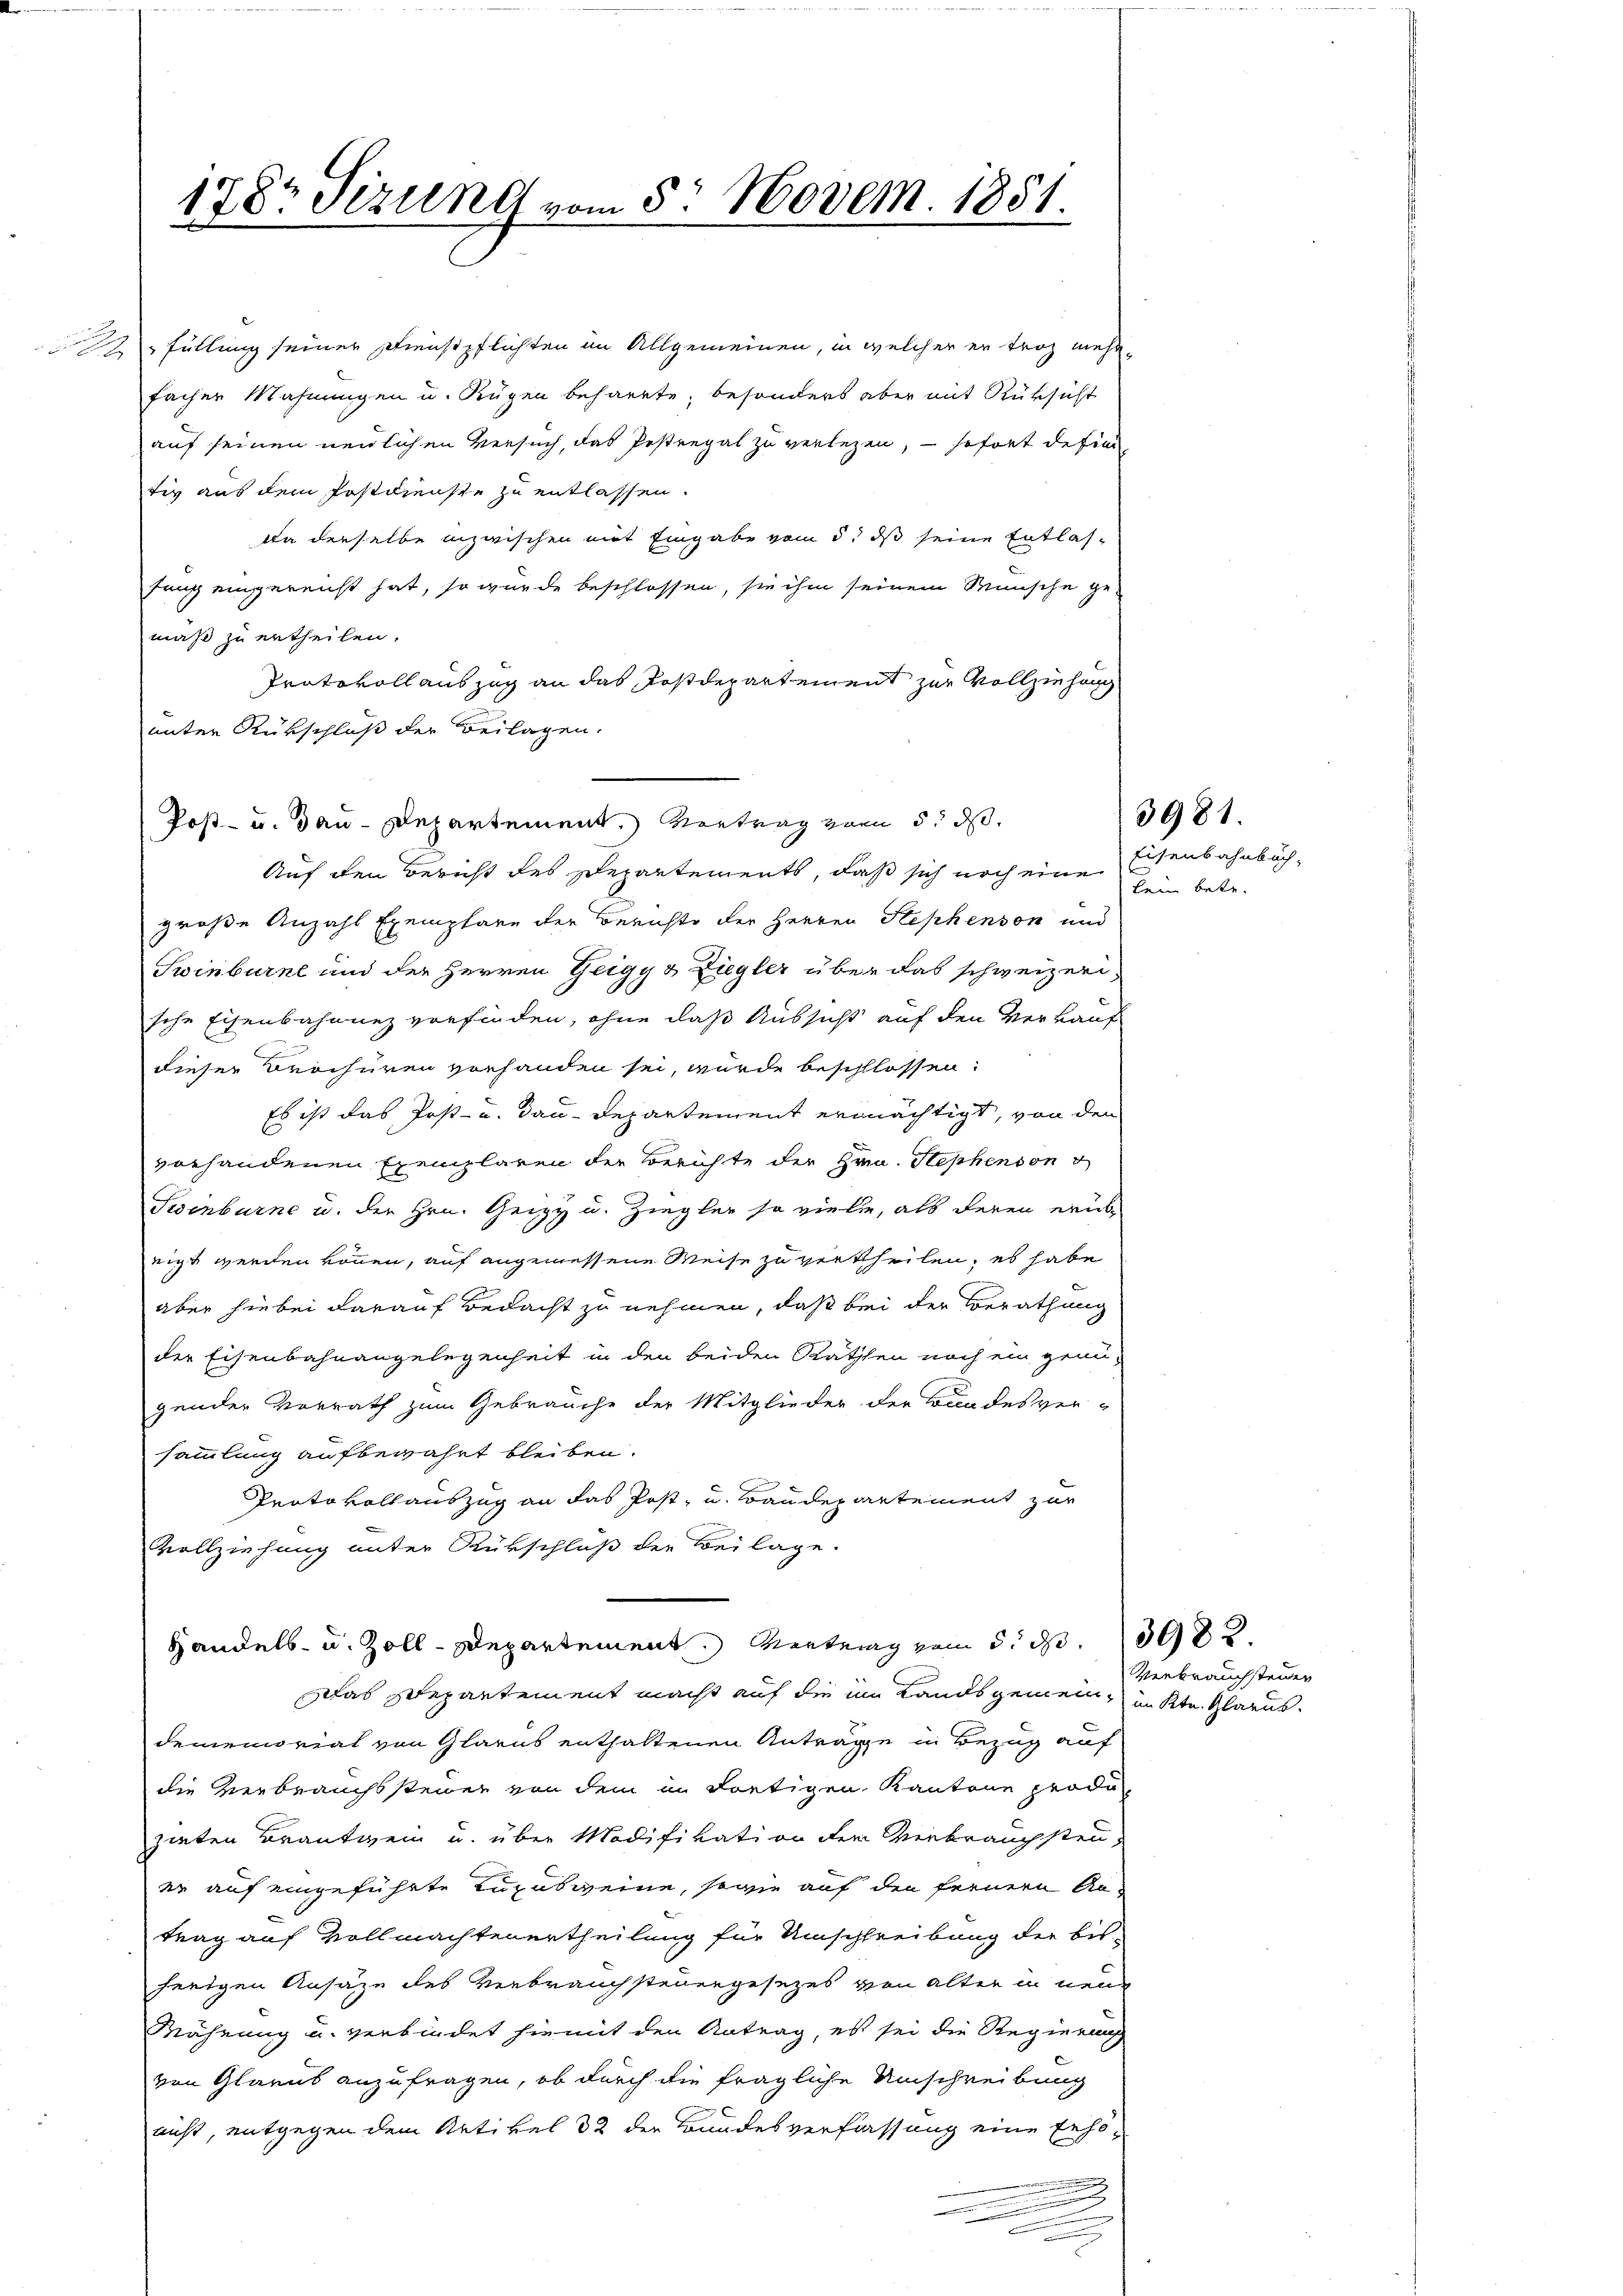
178 Sizung vom 5. Novem 1851.
e

12 füllung seiner Dienstpflichten im Allgemeinen, in welcher er troz mehrfacher Mahnungen u. Rügen beharrte, besonders aber mit Rüksicht
auf seinen neulichen Versuch, das Postregal zu verlegen, – sofort defin
tiv aus dem Postdienste zu entlassen.
Da derselbe inzwischen mit Eingabe vom 5. ds seine Entlasfung eingereicht hat, so wurde beschlossen, sie ihm seinem Wunsche ge-
mäß zu ertheilen.
Protokoll auszug an das Postdepartement zur Vollziehung
unter Rükschluß der Beilagen.
Post- u. Bau-Departement. Vertrag vom 5. ds.
Auf den Bericht des Departements, daß sich noch eine
große Anzahl Exemplare der Berichte der Herren Stephenson und
Swinburne und der Herren Zeigy & Ziegler über das schweizer,
sche Eisenbahnnez vorfinden, ohne daß Aussicht auf den Verkauf
dieser Brochüren vorhanden sei, wurde beschlossen:
Es ist das Post- u. dau-Departement ermächtigt, von den
vorhandenen Exemplaren der Berichte der Hrrn. Stephenvon
Swinburne u. der Hrn. Geizy u. Ziegler so viele, als deren erüb
eigt werden können, auf angemessene Weise zu vertheilen, es habe
aber hiebei darauf Bedacht zu nehmen, daß bei der Berathung
der Eisenbahnangelegenheit in den beiden Räthen noch ein grau-
gender Vorrath zum Gebrauche der Mitglieder der Bundesver-
sammlung aufbewahrt bleiben.
Prato vollauszug an das Post- u. Baudepartement zur
Vollziehung unter Rükschluß der Beilage.
Handels- u. Zoll-Departement. Vertrag vom 5. d. 302.
Das Departement macht auf die im Landsgemein, in Ktn. Glarus.
dememorial von Glarus enthaltenen Anträge in Bezug auf
die Verbrauchssteuer von dem in dortigen Kantone produ
zieten Brantwein u. über Modifikation der Verbrauchsten
er auf eingeführte Luxusweine, sowie auf den fernern An-
trag auf Vollmachten ertheilung für Umschreibung der bisherigen Ansage des Verbrauchsteuergesezes von alter in neue
Währung u. verbindet hiemit den Antrag, es sei die Regierung
von Glarus anzufragen, ob durch die fragliche Umschreibung
nicht, entgegen dem Artikel 32 der Bundesverfassung eine Erhö¬
.

Eisenbahnbuch,
kein betr.

3981.

Verbrauchsteiner